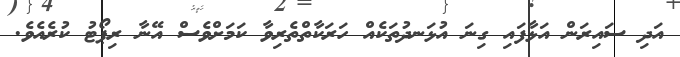
އަދި ސައިރަން އަޅާފައި ގިނަ އުޅަނދުތަކެއް ހަރަކާތްތެރިވާ ކަމަށްވެސް އޭނާ ރިޕޯޓު ކުރެއެވެ.